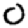
Digit: 0